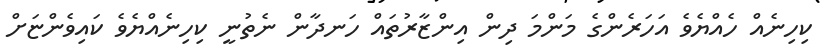
ކިހިނެއް ހެއްޔެވެ އަހަރެންގެ މަންމަ ދިން އިންޒާރުތައް ހަނދާން ނެތުނީ ކިހިނެއްޔެވެ ކައިވެންޏަށް